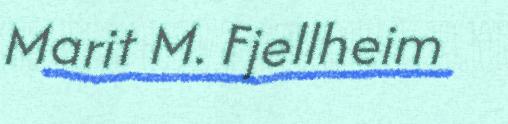
Marit M. Fjellheim